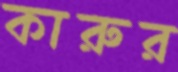
কারুর